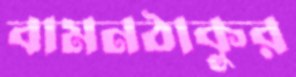
বামনঠাকুর